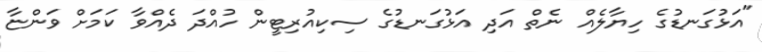
"އަޅުގަނޑުގެ ހިޔާލެއް ނެތް އަދި އަޅުގަނޑުގެ ސިކިއުރިޓީން ހުއްދަ ދެއްވާ ކަމަށް ވަންޏާ